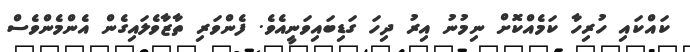
ކައްކައި ހުރިހާ ކަމެއްކޮށް ނިމުނު އިރު ދިހަ ގަޑިބައިވަނީއެވެ. ފެންވަރި ތާޒާވެލައިގެން އެންމެންވެސް